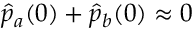
\hat { p } _ { a } ( 0 ) + \hat { p } _ { b } ( 0 ) \approx 0